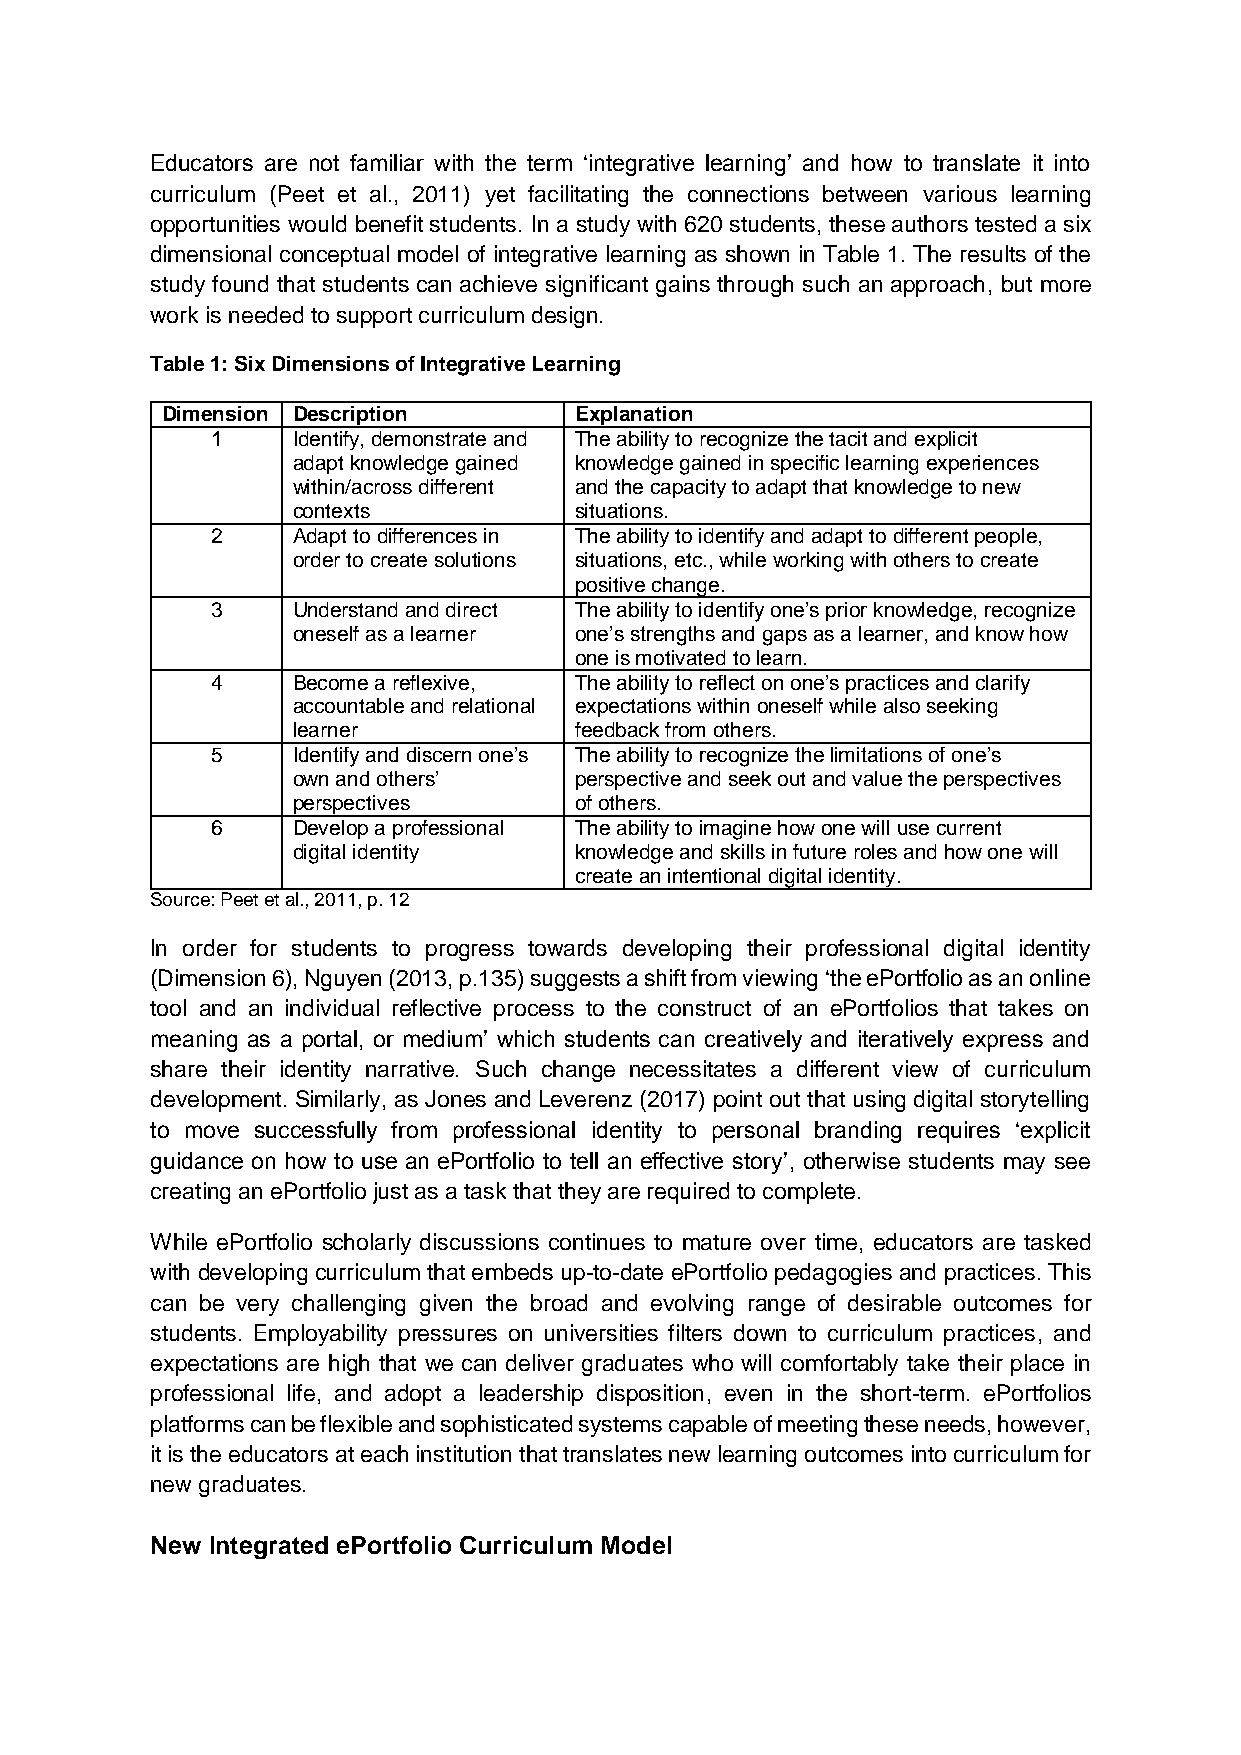
Educators are not familiar with the term ‘integrative learning’ and how to translate it into
 curriculum (Peet et al., 2011) yet facilitating the connections between various learning
 opportunities would benefit students. In a study with 620 students, these authors tested a six
 dimensional conceptual model of integrative learning as shown in Table 1. The results of the
 study found that students can achieve significant gains through such an approach, but more
 work is needed to support curriculum design.
 Table 1: Six Dimensions of Integrative Learning
 Dimension Description      Explanation
 1    Identify, demonstrate and The ability to recognize the tacit and explicit
 adapt knowledge gained knowledge gained in specific learning experiences
 within/across different and the capacity to adapt that knowledge to new
 contexts           situations.
 2    Adapt to differences in The ability to identify and adapt to different people,
 order to create solutions situations, etc., while working with others to create
 positive change.
 3    Understand and direct The ability to identify one’s prior knowledge, recognize
 oneself as a learner one’s strengths and gaps as a learner, and know how
 one is motivated to learn.
 4    Become a reflexive, The ability to reflect on one’s practices and clarify
 accountable and relational expectations within oneself while also seeking
 learner            feedback from others.
 5    Identify and discern one’s The ability to recognize the limitations of one’s
 own and others’    perspective and seek out and value the perspectives
 perspectives       of others.
 6    Develop a professional The ability to imagine how one will use current
 digital identity   knowledge and skills in future roles and how one will
 create an intentional digital identity.
 Source: Peet et al., 2011, p. 12
 In order for students to progress towards developing their professional digital identity
 (Dimension 6), Nguyen (2013, p.135) suggests a shift from viewing ‘the ePortfolio as an online
 tool and an individual reflective process to the construct of an ePortfolios that takes on
 meaning as a portal, or medium’ which students can creatively and iteratively express and
 share their identity narrative. Such change necessitates a different view of curriculum
 development. Similarly, as Jones and Leverenz (2017) point out that using digital storytelling
 to move successfully from professional identity to personal branding requires ‘explicit
 guidance on how to use an ePortfolio to tell an effective story’, otherwise students may see
 creating an ePortfolio just as a task that they are required to complete.
 While ePortfolio scholarly discussions continues to mature over time, educators are tasked
 with developing curriculum that embeds up-to-date ePortfolio pedagogies and practices. This
 can be very challenging given the broad and evolving range of desirable outcomes for
 students. Employability pressures on universities filters down to curriculum practices, and
 expectations are high that we can deliver graduates who will comfortably take their place in
 professional life, and adopt a leadership disposition, even in the short-term. ePortfolios
 platforms can be flexible and sophisticated systems capable of meeting these needs, however,
 it is the educators at each institution that translates new learning outcomes into curriculum for
 new graduates.
 New Integrated ePortfolio Curriculum Model